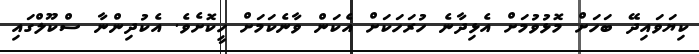
ކިޔަވައިދޭ ބަހަށް މޮޅުވުމަށް އެޅިދާނެ ހުރަހަކަށް އެކަން ވާނެކަމަށް ހީކޮށެވެ. އެކުދިންނާ ސްކޫލްގައި